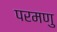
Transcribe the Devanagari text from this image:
परमणु